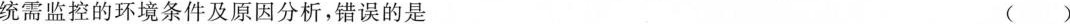
统需监控的环境条件及原因分析，错误的是 ()